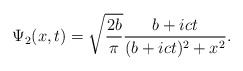
\begin{align*}\Psi_{2}(x, t) = \sqrt{\frac{2b}{\pi}} \frac{b + i c t}{(b + i c t)^{2} + x^{2}}. \end{align*}